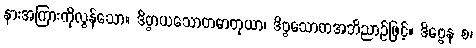
နားအကြားကိုလွန်သော။ ဒိဗ္ဗာယသောတဓာတုယာ၊ ဒိဗ္ဗသောတအဘိညာဉ်ဖြင့်။ ဒိဗ္ဗေန စ၊